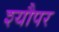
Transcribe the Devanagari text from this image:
श्यौपर